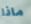
ماذا